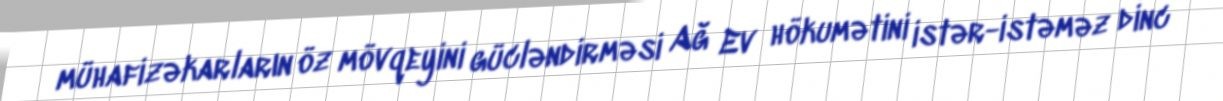
mühafizəkarların öz mövqeyini gücləndirməsi Ağ Ev hökumətini istər-istəməz dinc